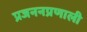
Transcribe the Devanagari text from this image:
प्रजननप्रणाली